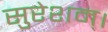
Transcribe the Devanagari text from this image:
सुरेशम्।